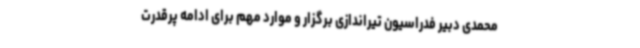
محمدی دبیر فدراسیون تیراندازی برگزار و موارد مهم برای ادامه پرقدرت